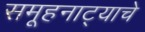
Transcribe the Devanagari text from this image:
समूहनाट्याचे